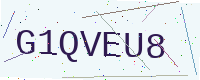
Text: G1QVEU8